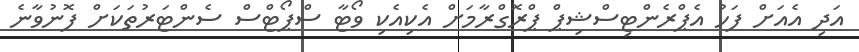
އަދި އެއަށް ފަހު އެޕްރެންޓިސްޝިޕް ޕްރޮގްރާމަށް އެކިއެކި ވޯޓާ ސްޕޯޓްސް ސެންޓަރުތަކަށް ފޮނުވާނެ